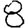
Digit: 8